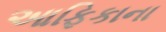
આફિકાના